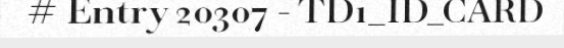
# Entry 20307 - TD1_ID_CARD